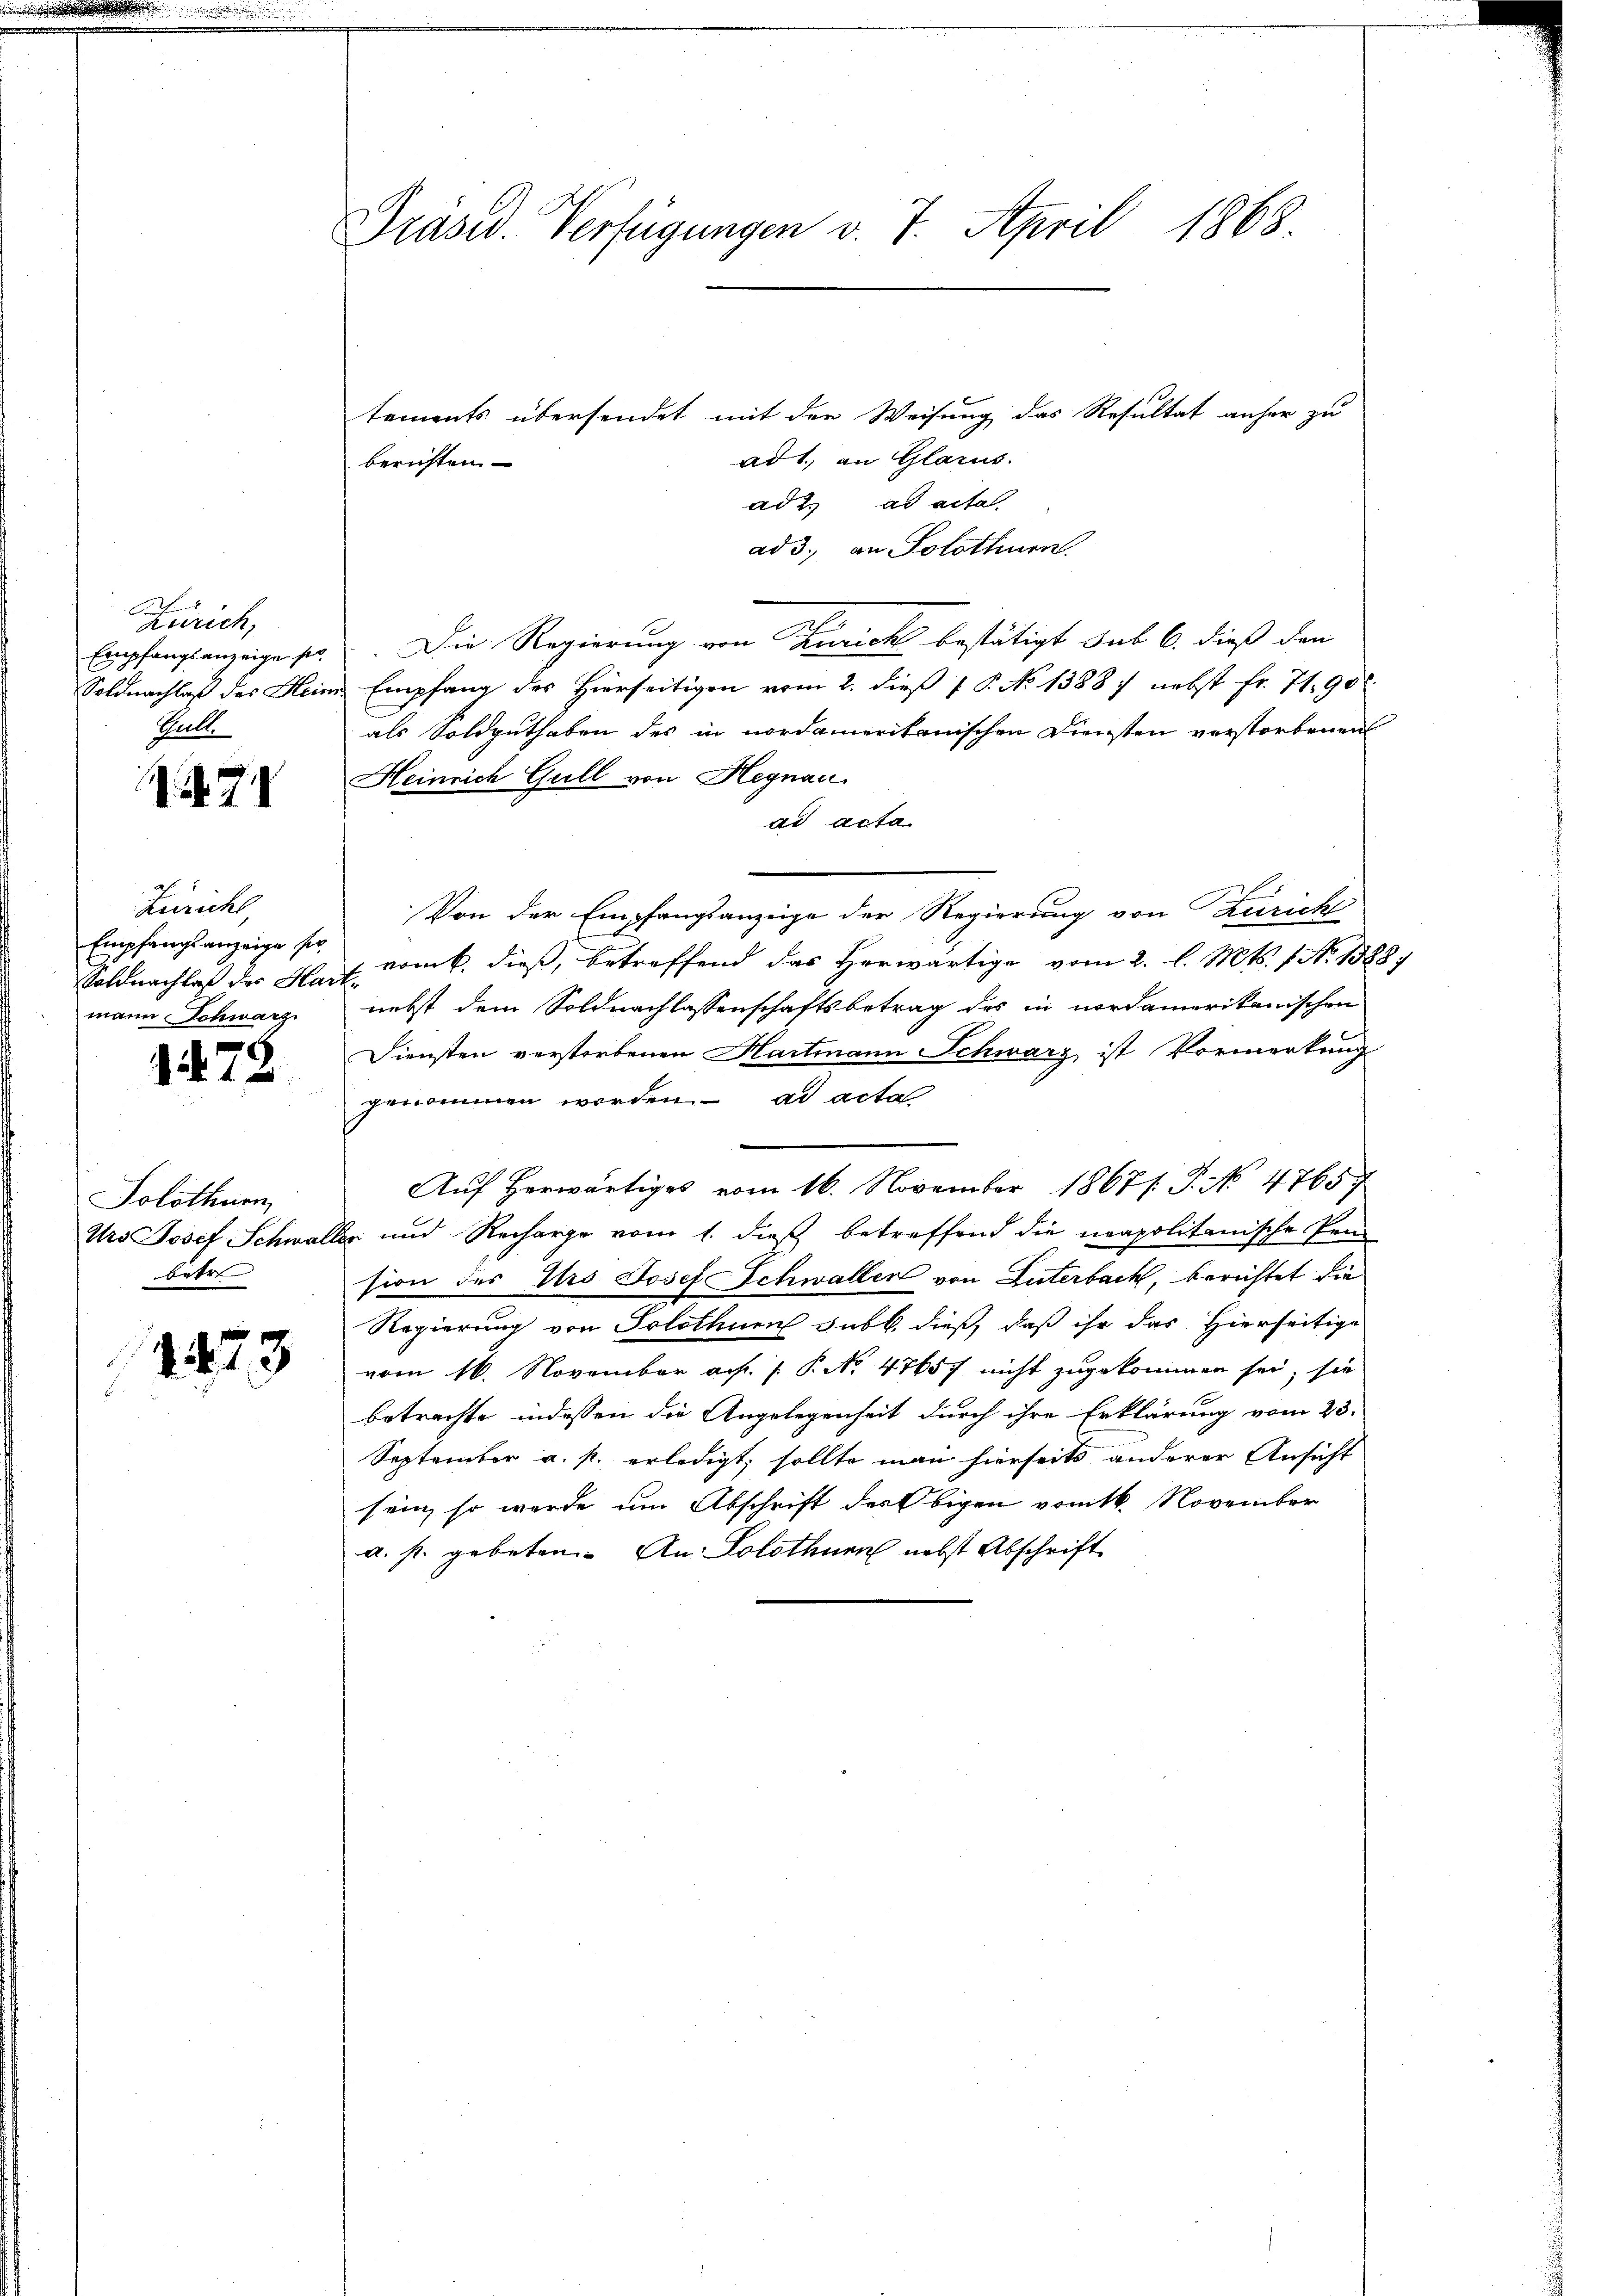
Zürich,
Empfangsanzeige se
Soldnachlaß des Hein
Snell

74

Zürichl
Empfangsanzeige sei.
Soldnachlaß des Har
mann Schwarz

1472

Solothurn,
Uo Josef Schwal
betre

1473

Präsid. Verfügungen v. 7. April 1868.

tements übersendet mit der Weisung das Resultat anher zu
ad 1., an Glarus.
berichten
ad 2. ad acta.
ad 3., an Solothurn.
Die Regierung von Zürich bestätigt sub 6. dieß den
Empfang des Hierseitigen vom 2. dieß 1 P. No 1388 / nebst fr. 71. 90
als Soldguthaben des in nordameritanischen Diensten verstorbenen
Heinrich Gull von Hegnau
ad acta
Von der Empfangsanzeige der Regierung von Züricht
vom 6. dieß, betreffend das Herwärtige vom 2. l. Mts. f. No 1388,
.
nebst dem Soldnachlassenschaftsbetrag des in nordamerikanischen
Diensten verstorbenen Hartmann Schwarz ist Vormerkung
genommen werden. ad acta
Auf herwärtiges vom 16. November 1867 /: P. No 4765.
Zu und Recharge vom 1. dieß betreffend die neapolitanische Pen-
sion des Urs Josef Schwaller von Luterbach, berichtet die
Regierung von Solothurn sub b. dieß, daß ihr das Hierseitige
vom 16. November a. P. No 47657 nicht zugekommen sei; sie
betrachte indessen die Angelegenheit durch ihre Erklärung vom 23.
September a. p. erledigt, sollte man hierseits anderer Ansicht
sein, so werde um Abschrift des Obigen vom 16. November
a. p. gebeten. An Solothurn nebst Abschrift